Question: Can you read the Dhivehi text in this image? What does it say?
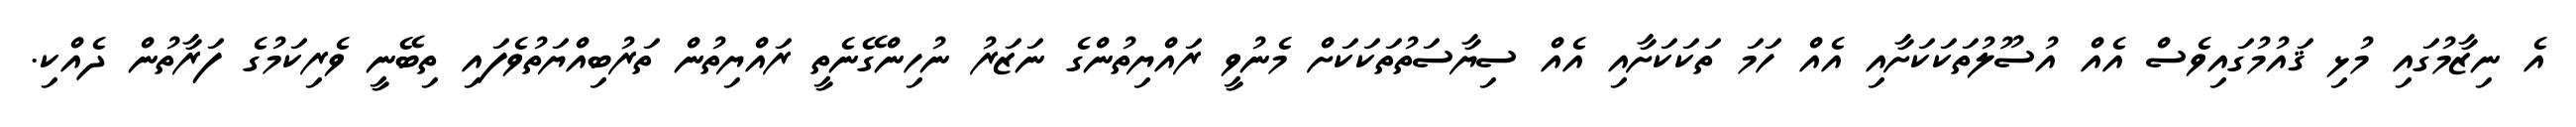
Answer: އެ ނިޒާމުގައި މުޅި ޤައުމުގައިވެސް އެއް އުސޫލުތަކަކަށާއި އެއް ހަމަ ތަކަކަށާއި އެއް ސިޔާސަތުތަކަކަށް މެނުވީ ރައްޔިތުންގެ ނަޒަރު ނުހިންގޭނެތީ ރައްޔިތުން ތަރުބިއްޔަތުވެފައި ތިބޭނީ ވެރިކަމުގެ ފަރާތުން ދެއްކި.